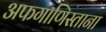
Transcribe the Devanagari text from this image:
अफगाणिस्ताना